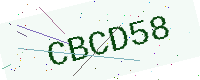
Text: CBCD58